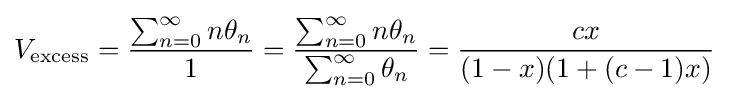
V_{\text{excess}}={\frac {\sum _{n=0}^{\infty }n\theta _{n}}{1}}={\frac {\sum _{n=0}^{\infty }n\theta _{n}}{\sum _{n=0}^{\infty }\theta _{n}}}={\frac {cx}{(1-x)(1+(c-1)x)}}